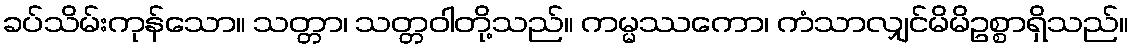
ခပ်သိမ်းကုန်သော။ သတ္တာ၊ သတ္တဝါတို့သည်။ ကမ္မဿကော၊ ကံသာလျှင်မိမိဥစ္စာရှိသည်။